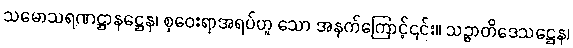
သမောသရဏဋ္ဌာနဋ္ဌေန၊ စုဝေးရာအရပ်ဟူ သော အနက်ကြောင့်၎င်း။ သဉ္ဇာတိဒေသဋ္ဌေန၊